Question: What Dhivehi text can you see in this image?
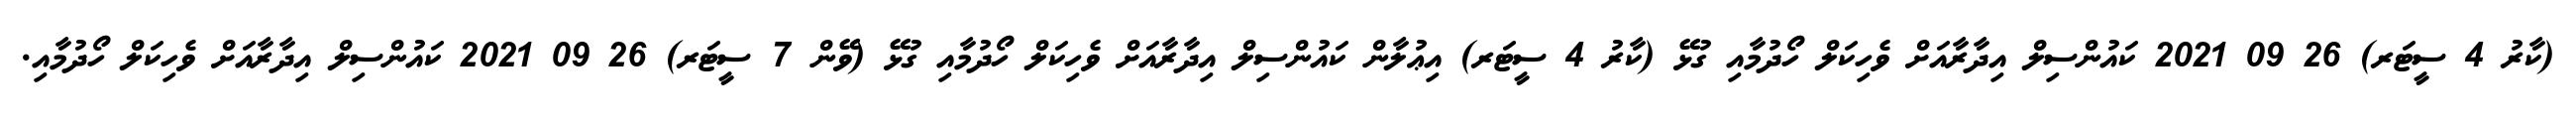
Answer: (ކާރު 4 ސީޓަރ) 26 09 2021 ކައުންސިލް އިދާރާއަށް ވެހިކަލް ހޯދުމާއި ގުޅޭ (ކާރު 4 ސީޓަރ) އިޢުލާން ކައުންސިލް އިދާރާއަށް ވެހިކަލް ހޯދުމާއި ގުޅޭ (ވޭން 7 ސީޓަރ) 26 09 2021 ކައުންސިލް އިދާރާއަށް ވެހިކަލް ހޯދުމާއި.